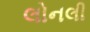
લોનલી